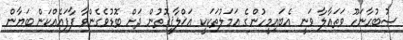
ސުބުޙާނަހޫ ވަތަޢާލާ ވަނީ އެބައިމީހުންގެ ޢަމަލުތަކަކީ އަޚްލާޤީގޮތުން ދަށް ބޮޑުވެގެންވާ ފާފައެއްކަން ބަޔާން